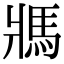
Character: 𩡽